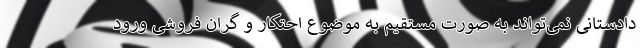
دادستانی نمی‌تواند به صورت مستقیم به موضوع احتکار و گران فروشی ورود